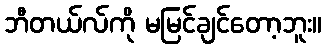
ဘီတယ်လ်ကို မမြင်ချင်တော့ဘူး။